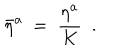
LaTeX: { \bar { \eta } } ^ { a } \ = \ \frac { \eta ^ { a } } { K } \ \ .